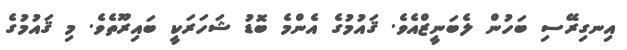
އިނގިރޭސި ބަހުން ލެބަނީޒްއެވެ. ޤައުމުގެ އެންމެ ބޮޑު ޝަހަރަކީ ބައިރޫތެވެ. މި ޤައުމުގެ